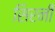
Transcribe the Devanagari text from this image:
सिरनी